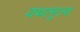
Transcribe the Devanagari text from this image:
यथामूल्य